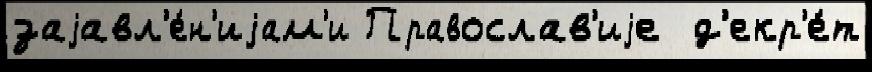
заjавл'е́н'иjам'и Православ'иjе  д'екр'е́т